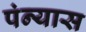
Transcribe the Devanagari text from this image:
पंन्यास